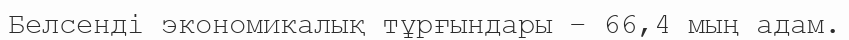
Белсенді экономикалық тұрғындары – 66,4 мың адам.